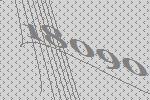
18090